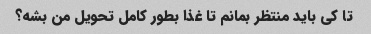
تا کی باید منتظر بمانم تا غذا بطور کامل تحویل من بشه؟